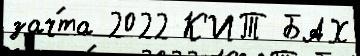
зач́та 2022 К'ИТ БАХ